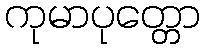
ကုမာပုတ္တော